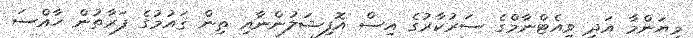
މިޔަންމާ އަދި ވިއެޓްނާމްގެ ސަރުކާރުގެ އިސް އޮފިޝަލުންނާއި ތިން ޤައުމުގެ ފަރާތުން ހާއްސަ